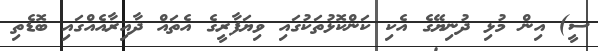
ސީ) އިން މުޅި ދުނިޔޭގެ އެކި ކަންކޮޅުތަކުގައި ވިޔަފާރީގެ އެތައް ދާއިރާއެއްގައި ބޮޑެތި